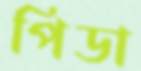
পিডা